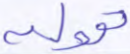
تقوله